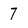
Character: 7